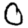
Digit: 0